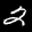
Label: 2